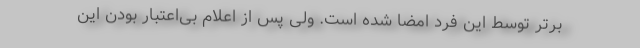
برتر توسط این فرد امضا شده است. ولی پس از اعلام بی‌اعتبار بودن این